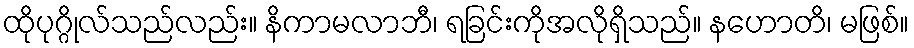
ထိုပုဂ္ဂိုလ်သည်လည်း။ နိကာမလာဘီ၊ ရခြင်းကိုအလိုရှိသည်။ နဟောတိ၊ မဖြစ်။